画像に写った文字を読んでください
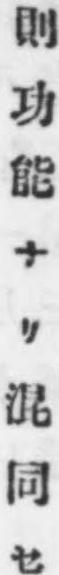
「則功能ナリ混同セ」と書いてあります